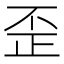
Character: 歪